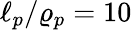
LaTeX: \ell_{p}/\varrho_{p}=10